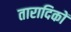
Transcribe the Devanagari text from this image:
तारादिकों